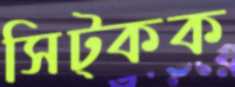
সিট্‌কক